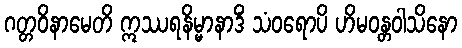
ဂတ္တဝိနာမေတိ ဣဿရနိမ္မာနာဒိံ သံဝရောပိ ဟိမဝန္တဝါသိနော